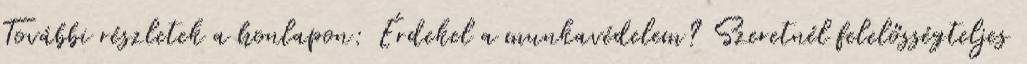
További részletek a honlapon: Érdekel a munkavédelem? Szeretnél felelősségteljes